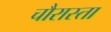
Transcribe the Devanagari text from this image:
चौरास्ता